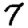
Digit: 7